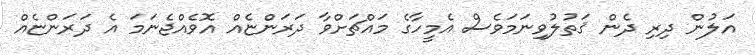
އަލުން ދިރި ދެން ޤަތުލުވިނަމަވެސް އެމީހާގެ މައްޗަށްވާ ދަރަންޏެއް އޮވެއްޖެނަމަ އެ ދަރަންޏެއް